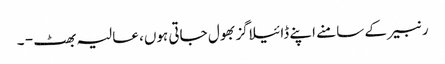
رنبیر کے سامنے اپنے ڈائیلاگز بھول جاتی ہوں، عالیہ بھٹ - ۔